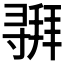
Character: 𫴵